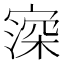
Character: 𡪜